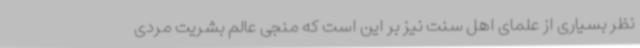
نظر بسیاری از علمای اهل سنت نیز بر این است که منجی عالم بشریت مردی